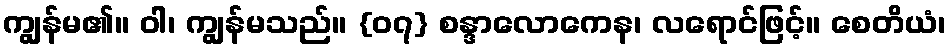
ကျွန်မ၏။ ဝါ၊ ကျွန်မသည်။ {၀၇} စန္ဒာလောကေန၊ လရောင်ဖြင့်။ စေတိယံ၊